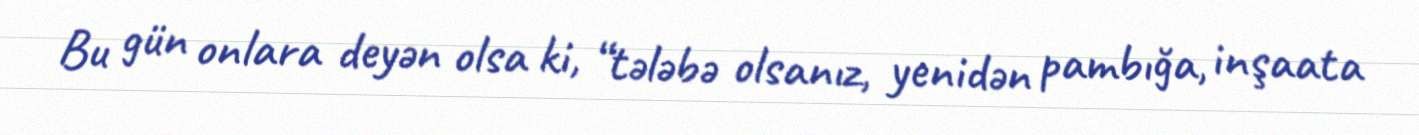
Bu gün onlara deyən olsa ki, “tələbə olsanız, yenidən pambığa, inşaata